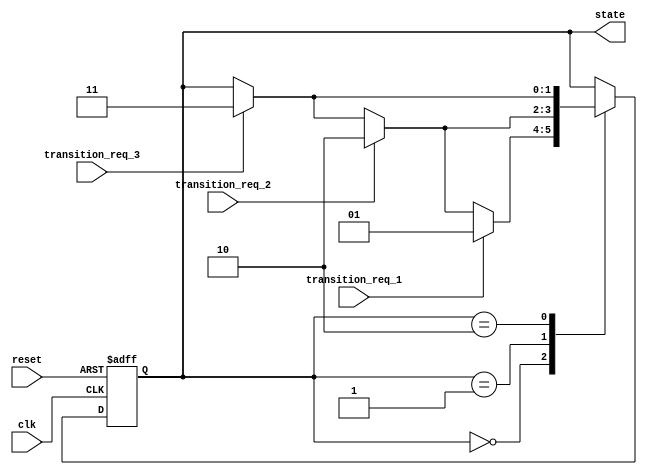
module state_machine (
    input wire clk,
    input wire reset,
    input wire transition_req_1,
    input wire transition_req_2,
    input wire transition_req_3,
    output reg [1:0] state
);

parameter STATE_A = 2'b00;
parameter STATE_B = 2'b01;
parameter STATE_C = 2'b10;
parameter STATE_D = 2'b11;

always @(posedge clk or posedge reset) begin
    if (reset) begin
        state <= STATE_A;
    end else begin
        case(state)
            STATE_A: begin
                if (transition_req_1) begin
                    state <= STATE_B;
                end else if (transition_req_2) begin
                    state <= STATE_C;
                end else if (transition_req_3) begin
                    state <= STATE_D;
                end
            end
            STATE_B: begin
                if (transition_req_2) begin
                    state <= STATE_C;
                end else if (transition_req_3) begin
                    state <= STATE_D;
                end
            end
            STATE_C: begin
                if (transition_req_3) begin
                    state <= STATE_D;
                end
            end
            STATE_D: begin
                // No further transitions possible
            end
        endcase
    end
end

endmodule